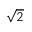
\sqrt { 2 }